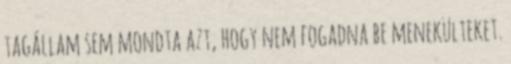
tagállam sem mondta azt, hogy nem fogadna be menekülteket.